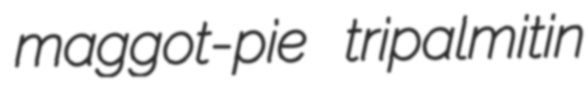
maggot-pie tripalmitin